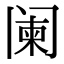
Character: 阑